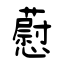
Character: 藯